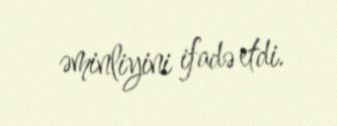
əminliyini ifadə etdi.